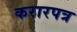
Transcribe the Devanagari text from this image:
करारपत्र